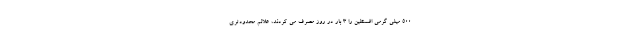
500 میلی گرمی افسنطین را 3 بار در روز مصرف می کردند، علائم محدودتری